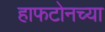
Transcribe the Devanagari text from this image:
हाफटोनच्या